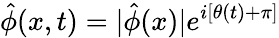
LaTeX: \hat{\phi}(x,t)=|\hat{\phi}(x)|e^{i[\theta(t)+\pi]}